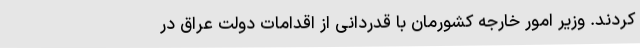
کردند. وزیر امور خارجه کشورمان با قدردانی از اقدامات دولت عراق در